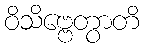
ဝိသိဗ္ဗေတွာတိ